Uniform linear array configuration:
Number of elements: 4
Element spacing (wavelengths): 0.75
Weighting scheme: uniform
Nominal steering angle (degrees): -45
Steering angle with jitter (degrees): -46.67
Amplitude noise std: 0.05
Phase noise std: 0.05

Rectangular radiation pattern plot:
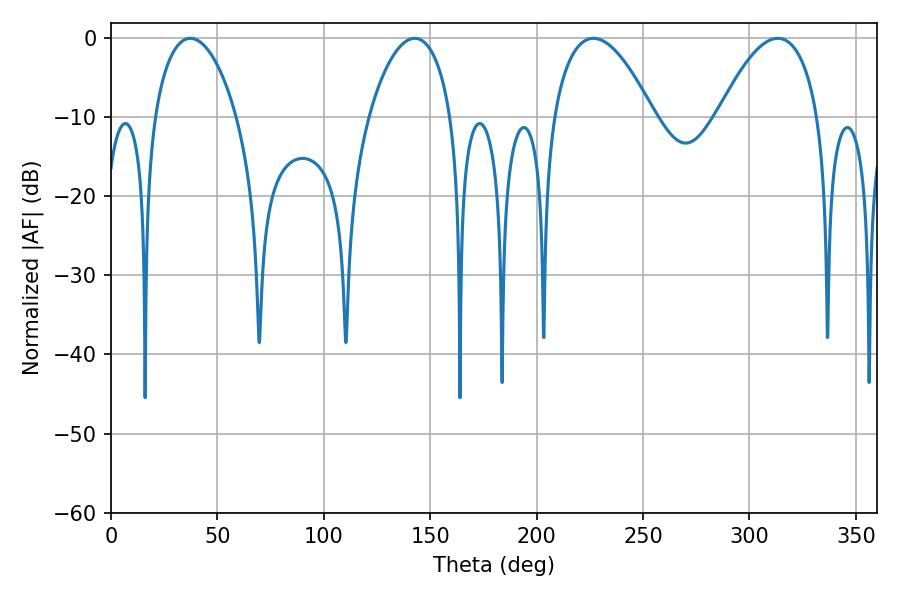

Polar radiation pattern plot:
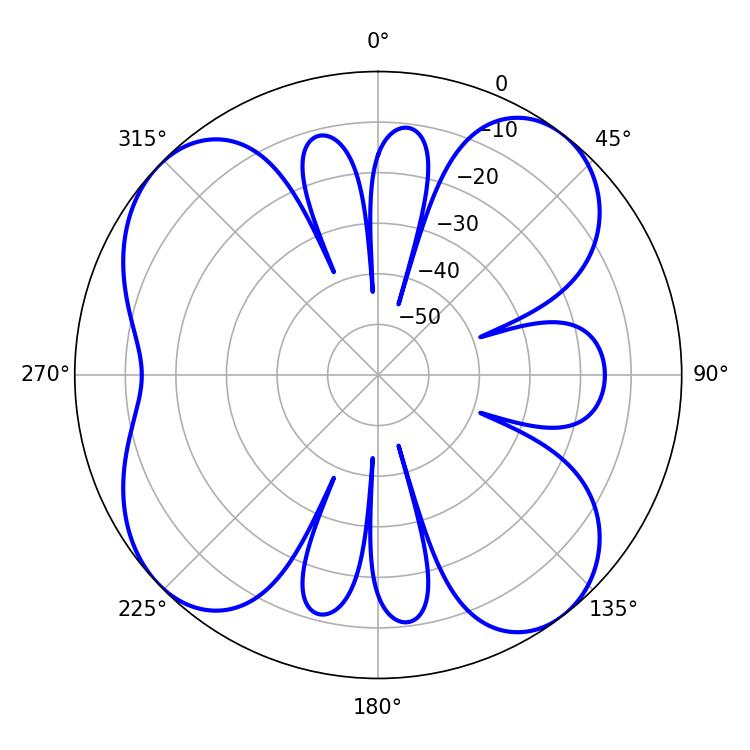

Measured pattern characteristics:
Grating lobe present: TRUE
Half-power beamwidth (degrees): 21.96
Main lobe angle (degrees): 37.26